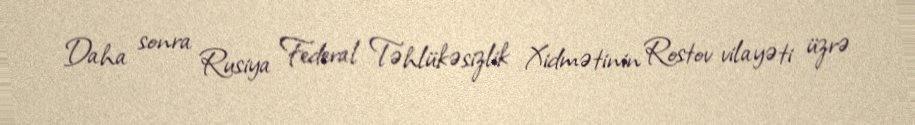
Daha sonra Rusiya Federal Təhlükəsizlik Xidmətinin Rostov vilayəti üzrə